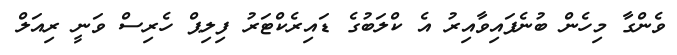
ވެންގާ މިހެން ބުނެފައިވާއިރު އެ ކްލަބުގެ ޑައިރެކްޓަރު ފިލިޕް ހެރިސް ވަނީ ރިއަލް